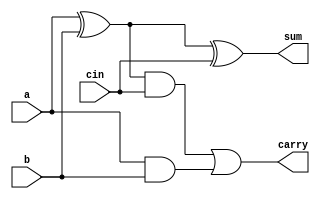
module fa(a,b,cin,sum,carry);
input a,b,cin;
output sum,carry;
wire w1,w2,w3;
xor g1(w1,a,b);
xor g2(sum,w1,cin);
and g3(w2,a,b);
and g4(w3,w1,cin);
or g5(carry,w3,w2);
endmodule

module rca(a,b,cin,sum,cout);
input[3:0]a,b;
input cin;
output [3:0]sum;
output cout;
wire c1,c2,c3;

fa g1(.a(a[0]),
      .b(b[0]),
      .cin(cin),
      .sum(sum[0]),
      .carry(c1)
      );
 fa g2(.a(a[1]),
      .b(b[1]),
      .cin(c1),
      .sum(sum[1]),
      .carry(c2)
      ); 
 fa g3(.a(a[2]),
      .b(b[2]),
      .cin(c2),
      .sum(sum[2]),
      .carry(c3)
      );         
fa g4(.a(a[3]),
      .b(b[3]),
      .cin(c3),
      .sum(sum[3]),
      .carry(cout)
      );  
endmodule